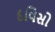
દવિસો